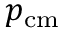
p _ { { \mathrm { c m } } }